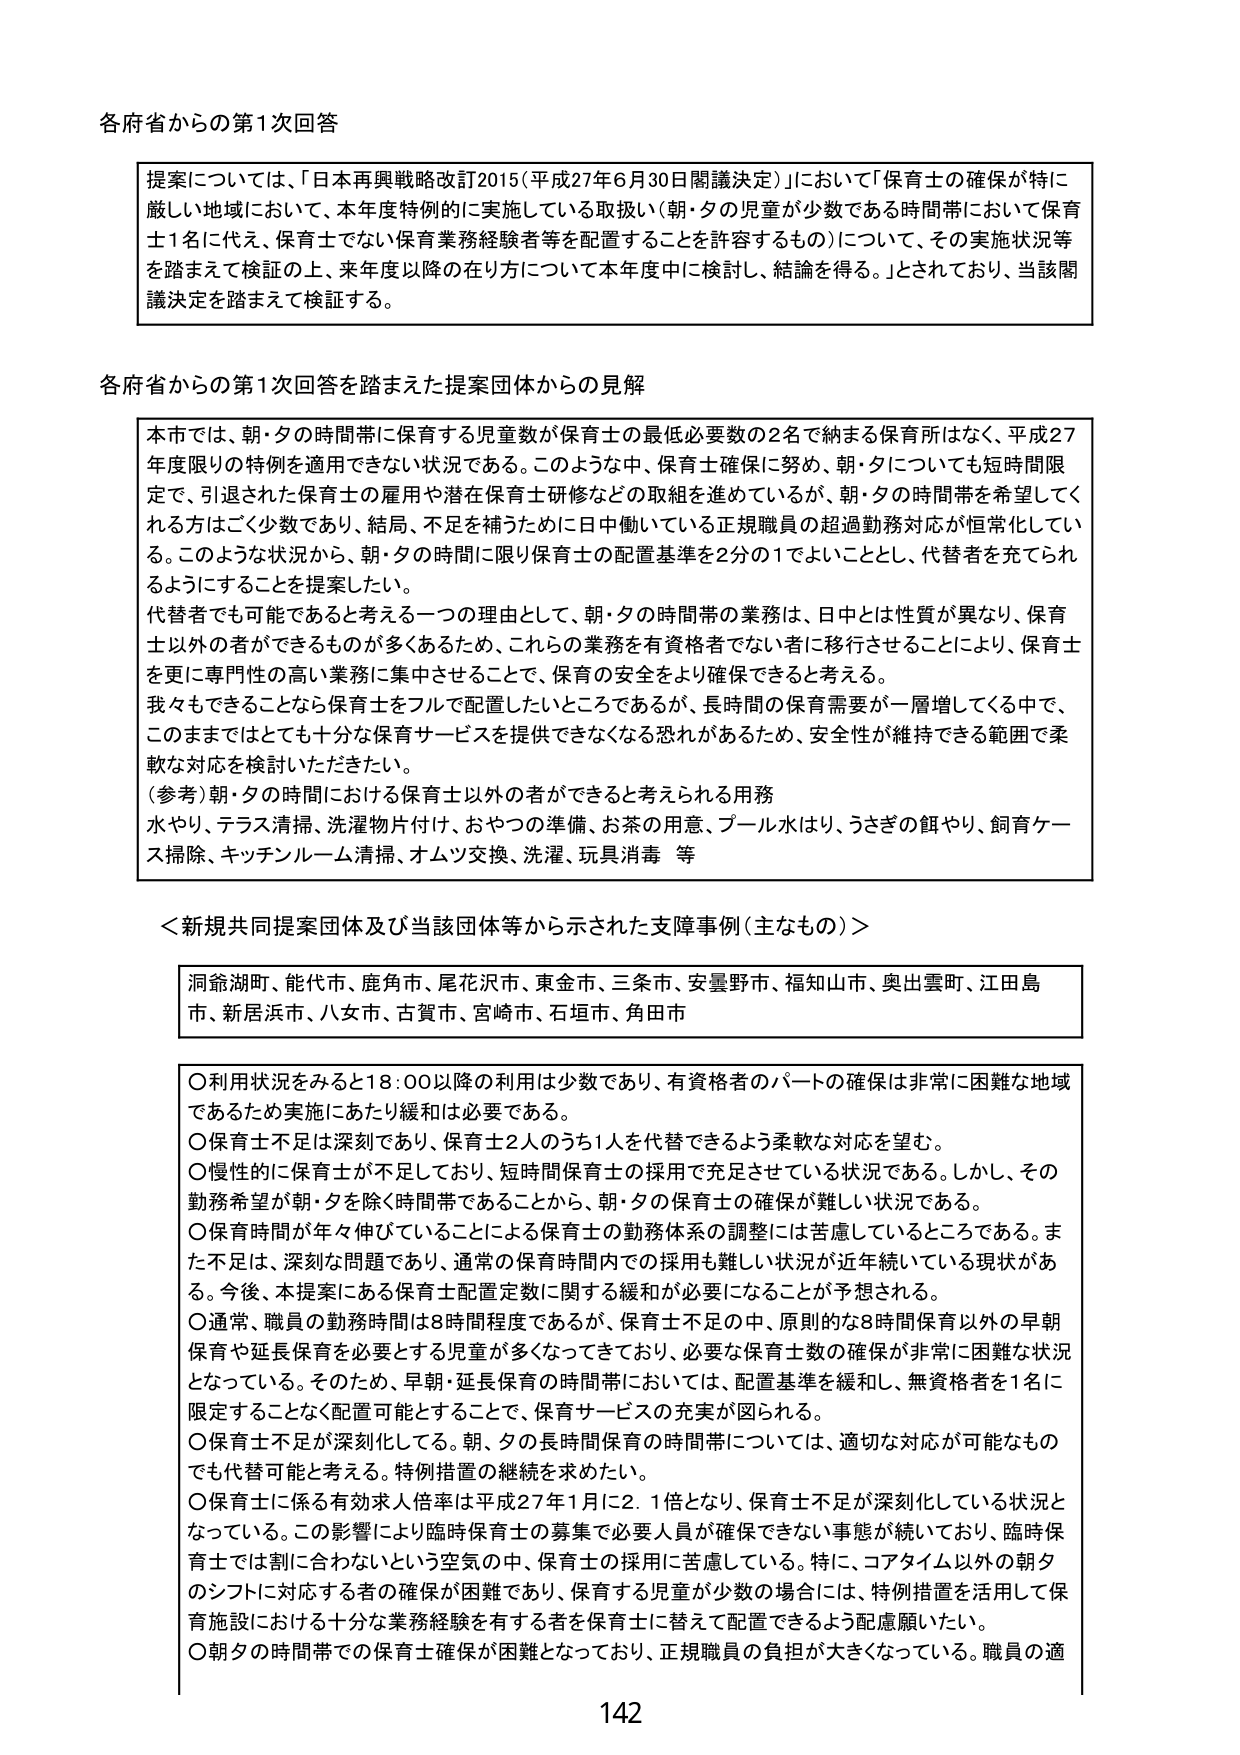
各府省からの第1次回答

提案については、「日本再興戦略改訂2015（平成27年6月30日閣議決定）」において「保育士の確保が特に厳しい地域において、本年度特例的に実施している取扱い（朝・夕の児童が少数である時間帯において保育士1名に代え、保育士でない保育業務経験者等を配置することを許容するもの）について、その実施状況等を踏まえて検証の上、来年度以降の在り方について本年度中に検討し、結論を得る。」とされており、当該閣議決定を踏まえて検証する。

各府省からの第1次回答を踏まえた提案団体からの見解

本市では、朝・夕の時間帯に保育する児童数が保育士の最低必要数の2名で納まる保育所はなく、平成27年度限りの特例を適用できない状況である。このような中、保育士確保に努め、朝・夕についても短時間限定で、引退された保育士の雇用や潜在保育士研修などの取組を進めているが、朝・夕の時間帯を希望してくれる方はごく少数であり、結局、不足を補うために日中働いている正規職員の超過勤務対応が恒常化している。このような状況から、朝・夕の時間に限り保育士の配置基準を2分の1でよいこととし、代替者を充てられるようにすることを提案したい。

代替者でも可能であると考える一つの理由として、朝・夕の時間帯の業務は、日中とは性質が異なり、保育士以外の者ができるものが多くあるため、これらの業務を有資格者でない者に移行させることにより、保育士を更に専門性の高い業務に集中させることで、保育の安全をより確保できると考える。

我々もできることなら保育士をフルで配置したいところであるが、長時間の保育需要が一層増してくる中で、このままではとても十分な保育サービスを提供できなくなる恐れがあるため、安全性が維持できる範囲で柔軟な対応を検討いただきたい。

（参考）朝・夕の時間における保育士以外の者ができると考えられる用務
水やり、テラス清掃、洗濯物片付け、おやつの準備、お茶の用意、プール水はり、うさぎの餌やり、飼育ケージ掃除、キッチンルーム清掃、オムツ交換、洗濯、玩具消毒 等

＜新規共同提案団体及び当該団体等から示された支障事例（主なもの）＞

洞爺湖町、能代市、鹿角市、尾花沢市、東金市、三条市、安曇野市、福知山市、奥出雲町、江田島市、新居浜市、八女市、古賀市、宮崎市、石垣市、角田市

○利用状況をみると18：00以降の利用は少数であり、有資格者のパートの確保は非常に困難な地域であるため実施にあたり緩和は必要である。
○保育士不足は深刻であり、保育士2人のうち1人を代替できるよう柔軟な対応を望む。
○慢性的に保育士が不足しており、短時間保育士の採用で充足させている状況である。しかし、その勤務希望が朝・夕を除く時間帯であることから、朝・夕の保育士の確保が難しい状況である。
○保育時間が年々伸びていることによる保育士の勤務体系の調整には苦慮しているところである。また不足は、深刻な問題であり、通常の保育時間内での採用も難しい状況が近年続いている現状がある。今後、本提案にある保育士配置定数に関する緩和が必要になることが予想される。
○通常、職員の勤務時間は8時間程度であるが、保育士不足の中、原則的な8時間保育以外の早朝保育や延長保育を必要とする児童が多くなってきており、必要な保育士数の確保が非常に困難な状況となっている。そのため、早朝・延長保育の時間帯においては、配置基準を緩和し、無資格者を1名に限定することなく配置可能とすることで、保育サービスの充実が図られる。
○保育士不足が深刻化している。朝、夕の長時間保育の時間帯については、適切な対応が可能なものでも代替可能と考える。特例措置の継続を求めたい。
○保育士に係る有効求人倍率は平成27年1月に2.1倍となり、保育士不足が深刻化している状況となっている。この影響により臨時保育士の募集で必要人員が確保できない事態が続いており、臨時保育士では割に合わないという空気の中、保育士の採用に苦慮している。特に、コアタイム以外の朝夕のシフトに対応する者の確保が困難であり、保育する児童が少数の場合には、特例措置を活用して保育施設における十分な業務経験を有する者を保育士に替えて配置できるよう配慮願いたい。
○朝夕の時間帯での保育士確保が困難となっており、正規職員の負担が大きくなっている。職員の適

142